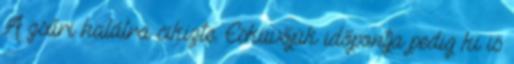
A zsűri halálra cikizte. Esküvőjük időpontja pedig ki is